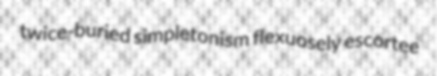
twice-buried simpletonism flexuosely escortee